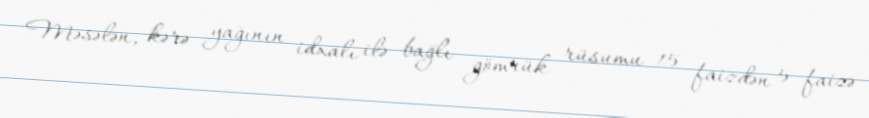
Məsələn, kərə yağının idxalı ilə bağlı gömrük rüsumu 15 faizdən 5 faizə